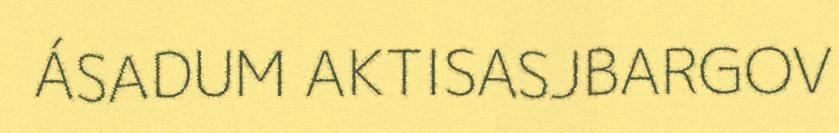
ÁSADUM AKTISASJBARGOV